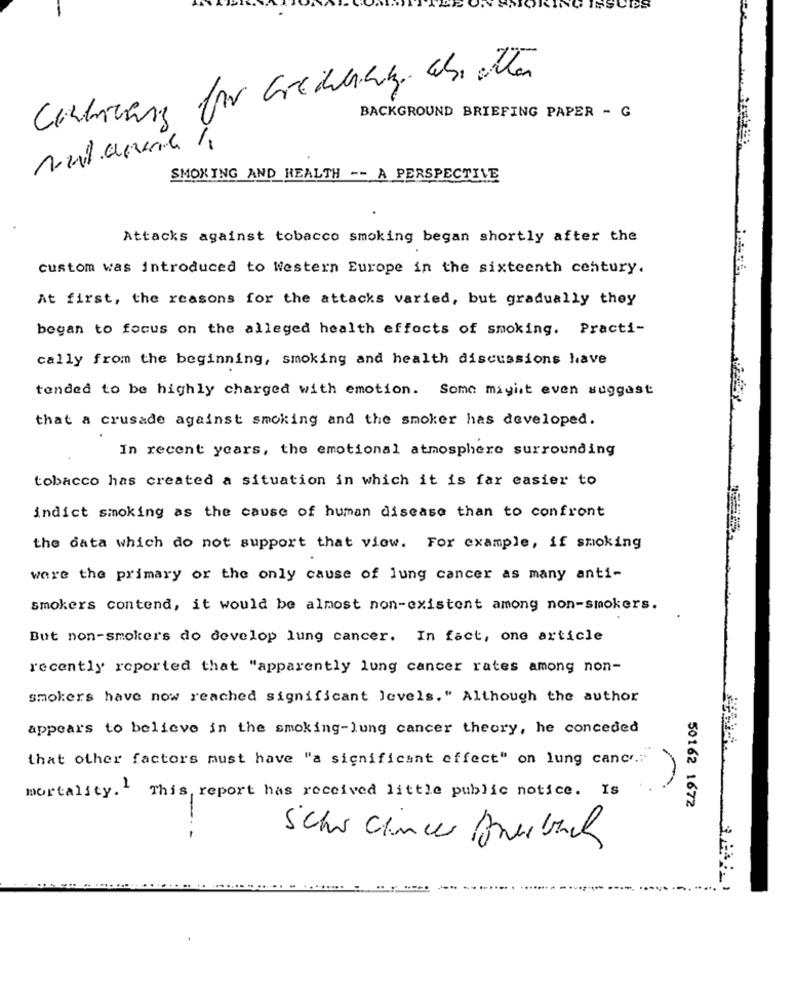
BACKGROUND BRIEFING PAPER - G
-
SMOKING AND HEALTH -- A PERSPECTIVE
Attacks against tobacco smoking began shortly after the
custom was introduced to Western Europe in the sixteenth century.
At first, the reasons for the attacks varied, but gradually they
began to focus on the alleged health effects of smoking. Practi-
cally from the beginning, smoking and health discussions have
tended to be highly charged with emotion. Some miyit even suggest
that a crusade against smoking and the smoker has developed.
In recent years, the emotional atmosphere surrounding
tobacco has created a situation in which it is far easier to
indict smoking as the cause of human disease than to confront
the data which do not support that view. For example, if smoking
were the primary or the only cause of lung cancer as many anti-
smokers contend, it would be almost non-existent among non-smokers.
But non-smokers do develop lung cancer. In fact, one article
recently reported that "apparently lung cancer rates among non-
smokers have now reached significant levels." Although the author
appears to believe in the smoking-lung cancer theory, he conceded
that other factors must have "a significant effect" on lung cance."
mortality. This report has received little public notice. Is
50162 1672
Schr Sincer werbung